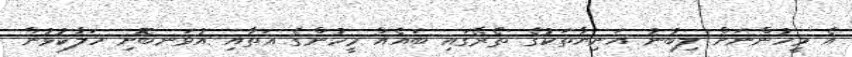
އެ މީހުންނަށް ލިބުނު އަނިޔާތަކުގެ ތެރޭގައި ބައެއް މީހުންގެ އަތާއި އުޅަނބޮށި ހަލާކުވުން